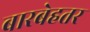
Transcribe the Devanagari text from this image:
बारबेहतर